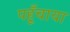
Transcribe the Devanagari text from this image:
पहूँचाया